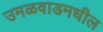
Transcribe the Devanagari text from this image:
उमळवाडमधील